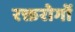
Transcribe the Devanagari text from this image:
रक्तरोगों